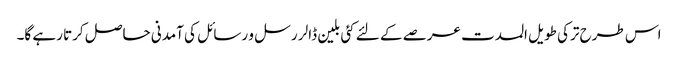
اس طرح ترکی طویل المدت عرصے کے لئے کئی بلین ڈالر رسل و رسائل کی آمدنی حاصل کرتا رہے گا۔